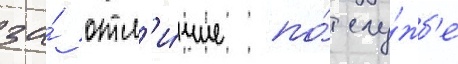
за́ отл'и́чие по́ слу́жб'е